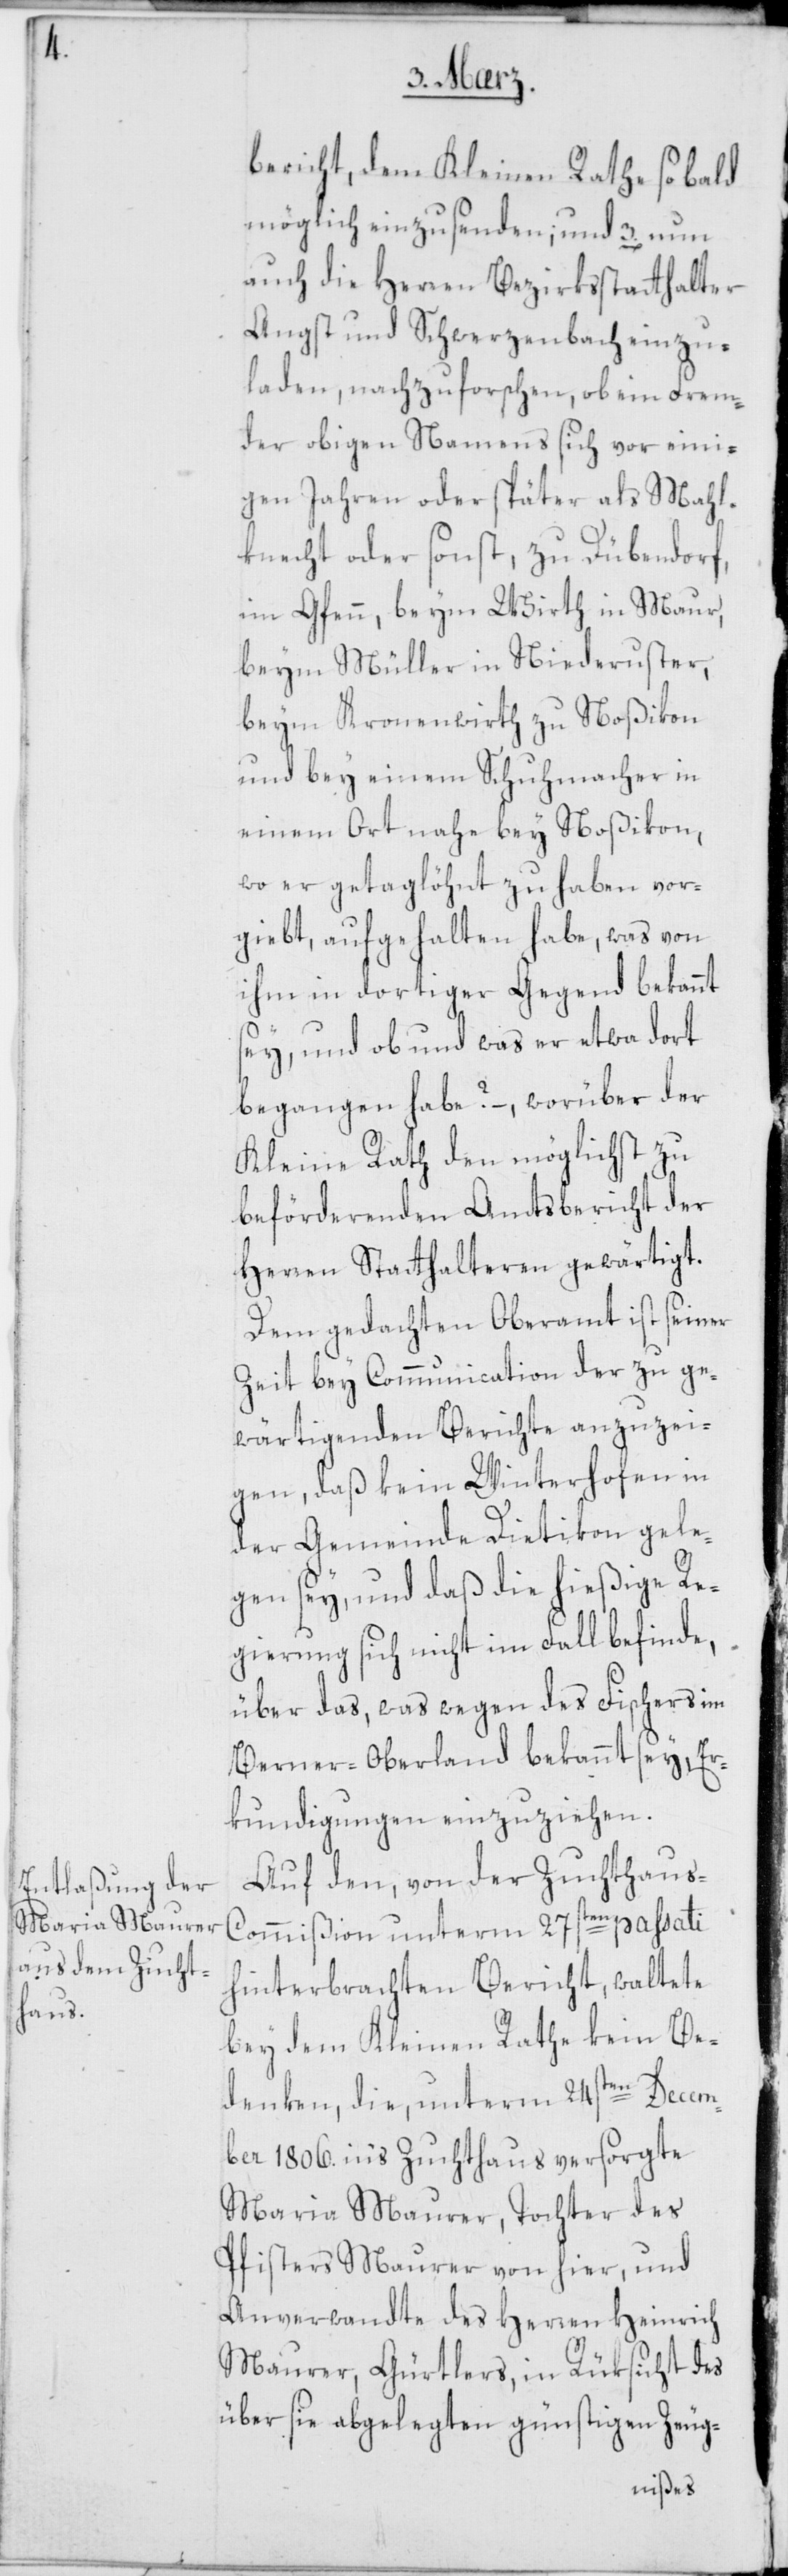
bericht, dem Kleinen Rathe sobald
möglich einzusenden; und
auch die Herren Bezirksstatthalter
Angst und Schwerzenbach einzu¬
laden, nachzuforschen, ob ein Frem¬
der obigen Namens sich vor eini¬
gen Jahren oder später als Mahl¬
knecht oder sonst, zu Dübendorf
im Gfenn beym Wirth in Maur,
beym Müller in Niederuster,
beym Kronenwirth zu Noßikon
und bey einem Schuhmacher in
einem Ort nahe bey Noßikon,
wo er getaglöhnt zu haben vor¬
giebt, aufgehalten habe, was von
ihm in dortiger Gegend bekannt
sey, und ob und was er etwa dort
begangen habe? –, worüber der
Kleine Rath den möglichst zu
befördernden Amtsbericht der
Herren Statthalteren gewärtigt.
Dem gedachten Oberamt ist seiner
Zeit bey Communication der zu ge¬
wärtigenden Berichte anzuzei¬
gen, daß kein Winterhofen in
der Gemeinde Dietikon gele¬
gen sey, und daß die hieißge Re¬
gierung sich nicht im Fall befinde,
über das, was wegen des Fischers im
Berner-Oberland bekannt sey, Er¬
kundigungen einzuziehen.
Auf den, von der Zuchthau¬
s-Commißion unterm 27sten passati
hinterbrachten Bericht, waltete
bey dem Kleinen Rathe kein Be¬
denken, die, unterm 24sten Decem¬
ber 1806. in's Zuchthaus versorgte
Maria Maurer, Tochter des
Pfisters Maurer von hier, und
Anverwandte des Herren Heinrich
Maurer, Gürtlers, in Rüksicht des
über sie abgelegten günstigen Zeug-